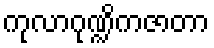
ကုလာဂုဏ္ဍိကဇာတာ